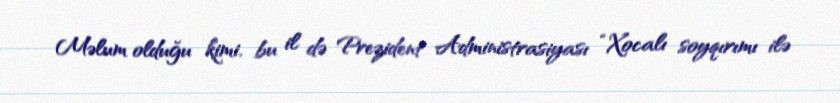
Məlum olduğu kimi, bu il də Prezident Administrasiyası “Xocalı soyqırımı ilə